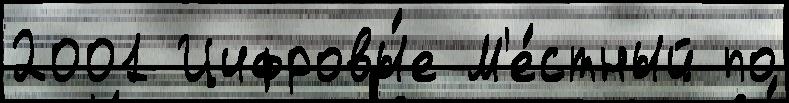
2001 Цифровы́е М'е́стный по